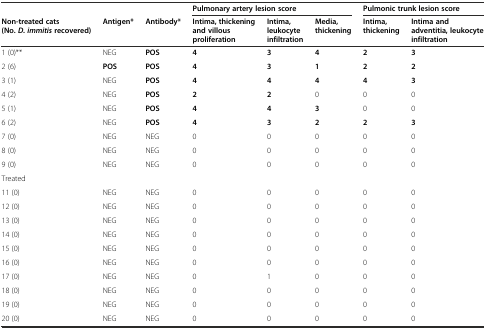
|  |  |  | <COLSPAN=3> Pulmonary artery lesion score | <COLSPAN=2> Pulmonic trunk lesion score |
 | Non-treated cats (No.D. immitisrecovered) | Antigen* | Antibody* | Intima, thickening and villous proliferation | Intima, leukocyte infiltration | Media, thickening | Intima, thickening | Intima and adventitia, leukocyte infiltration |
 | --- | --- | --- | --- | --- | --- | --- | --- |
 | 1 (0)** | NEG | POS | 4 | 3 | 4 | 2 | 3 |
 | 2 (6) | POS | POS | 4 | 3 | 1 | 2 | 2 |
 | 3 (1) | NEG | POS | 4 | 4 | 4 | 4 | 3 |
 | 4 (2) | NEG | POS | 2 | 2 | 0 | 0 | 0 |
 | 5 (1) | NEG | POS | 4 | 4 | 3 | 0 | 0 |
 | 6 (2) | NEG | POS | 4 | 3 | 2 | 2 | 3 |
 | 7 (0) | NEG | NEG | 0 | 0 | 0 | 0 | 0 |
 | 8 (0) | NEG | NEG | 0 | 0 | 0 | 0 | 0 |
 | 9 (0) | NEG | NEG | 0 | 0 | 0 | 0 | 0 |
 | Treated | <COLSPAN=4>  | <COLSPAN=3>  |
 | 11 (0) | NEG | NEG | 0 | 0 | 0 | 0 | 0 |
 | 12 (0) | NEG | NEG | 0 | 0 | 0 | 0 | 0 |
 | 13 (0) | NEG | NEG | 0 | 0 | 0 | 0 | 0 |
 | 14 (0) | NEG | NEG | 0 | 0 | 0 | 0 | 0 |
 | 15 (0) | NEG | NEG | 0 | 0 | 0 | 0 | 0 |
 | 16 (0) | NEG | NEG | 0 | 0 | 0 | 0 | 0 |
 | 17 (0) | NEG | NEG | 0 | 1 | 0 | 0 | 0 |
 | 18 (0) | NEG | NEG | 0 | 0 | 0 | 0 | 0 |
 | 19 (0) | NEG | NEG | 0 | 0 | 0 | 0 | 0 |
 | 20 (0) | NEG | NEG | 0 | 0 | 0 | 0 | 0 |